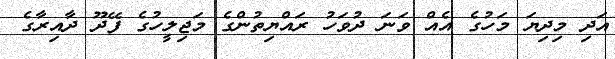
އަދި މިދިޔަ މަހުގެ އެއް ވަނަ ދުވަހު ރައްޔިތުންގެ މަޖިލީހުގެ ފޭދޫ ދާއިރާގެ